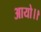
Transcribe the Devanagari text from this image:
आयो।।